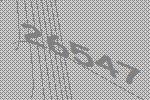
26547